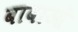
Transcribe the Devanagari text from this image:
बाबाओं